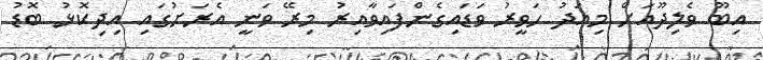
އިބޫ ވެލިދޫއަށް މިއަދު ހަވީރު ވަޑައިގެންފައިވާއިރު މިރޭ ވަނީ އެރަށުގައި އިދިކޮޅު ބޮޑު